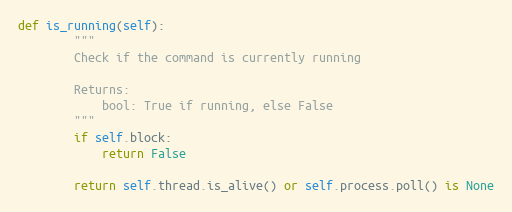
Language: Python
def is_running(self):
        """
        Check if the command is currently running

        Returns:
            bool: True if running, else False
        """
        if self.block:
            return False

        return self.thread.is_alive() or self.process.poll() is None